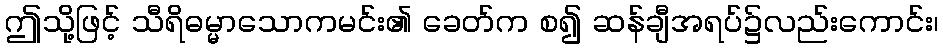
ဤသို့ဖြင့် သီရိဓမ္မာသောကမင်း၏ ခေတ်က စ၍ ဆန်ချီအရပ်၌လည်းကောင်း၊